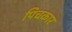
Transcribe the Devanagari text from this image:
पिचकार